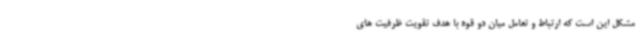
مشکل این است که ارتباط و تعامل میان دو قوه با هدف تقویت ظرفیت های